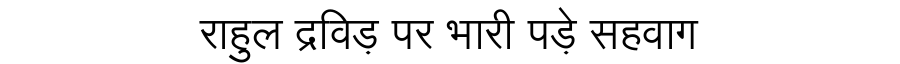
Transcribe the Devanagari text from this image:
राहुल द्रविड़ पर भारी पड़े सहवाग